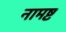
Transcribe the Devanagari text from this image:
नामष्ट